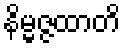
နိမ္မဇ္ဇထာတိ